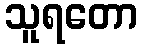
သူရတော